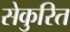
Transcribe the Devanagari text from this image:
सेकुरित